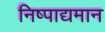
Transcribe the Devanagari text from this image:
निष्पाद्यमान